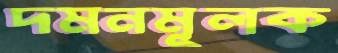
দমনমূলক